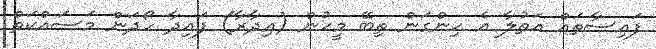
ފައިސާތައް އަތުލާ އެ ހިންގަން ތިބޭ މީހުން (އިދާރާ) ފައިދާ ހޯދަން މަސައްކަތް